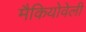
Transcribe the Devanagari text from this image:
मैकियोवेली